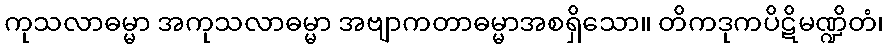
ကုသလာဓမ္မာ အကုသလာဓမ္မာ အဗျာကတာဓမ္မာအစရှိသော။ တိကဒုကပိဋိမဏ္ဍိတံ၊